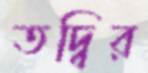
তদ্বির